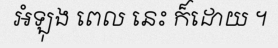
អំឡុង ពេល នេះ ក៏ដោយ ។